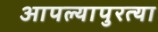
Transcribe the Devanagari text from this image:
आपल्यापुरत्या